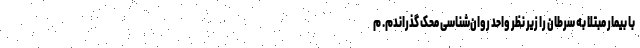
با بیمار مبتلا به سرطان را زیر نظر واحد روان‌شناسی محک گذراندم. م